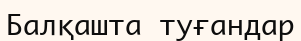
Балқашта туғандар